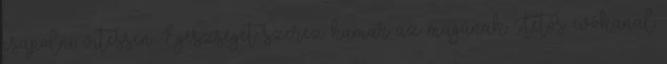
csapolni vitessen. Egészséget szerez hamar az magának. Tetős evőkanál